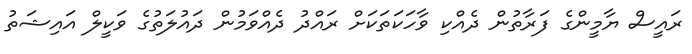
ރައީސް ޔާމީންގެ ފަރާތުން ދެއްކި ވާހަކަތަކަށް ރައްދު ދެއްވަމުން ދައުލަތުގެ ވަކީލް އައިޝަތު